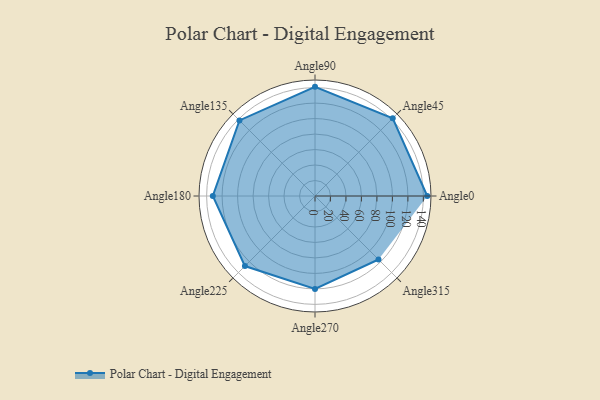
{"axis": {"x": "Angle", "y": "Radius"}, "legend": [""], "data": [{"x": "Angle0", "y": 145.0, "type": ""}, {"x": "Angle45", "y": 142.0, "type": ""}, {"x": "Angle90", "y": 141.0, "type": ""}, {"x": "Angle135", "y": 138.0, "type": ""}, {"x": "Angle180", "y": 132.0, "type": ""}, {"x": "Angle225", "y": 128.0, "type": ""}, {"x": "Angle270", "y": 120.0, "type": ""}, {"x": "Angle315", "y": 116.0, "type": ""}]}